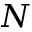
N